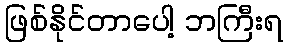
ဖြစ်နိုင်တာပေါ့ ဘကြီးရ